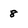
Character: 8